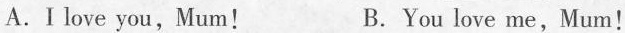
A.I love you，Mum! B.You love me，Mum！